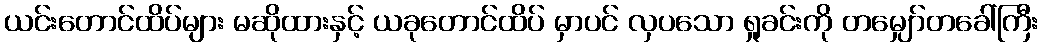
ယင်းတောင်ထိပ်များ မဆိုထားနှင့် ယခုတောင်ထိပ် မှာပင် လှပသော ရှုခင်းကို တမျှော်တခေါ်ကြီး